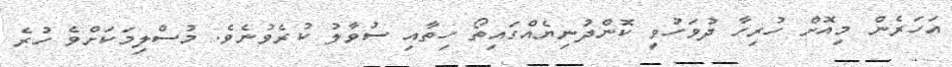
އަހަރެން މިއޮށް ހުރިހާ ދުވަހުވީ ކޮންދުނިޔެއްގައިތޯ ހިތާއި ސުވާލު ކުރެވުނެވެ. މުސްލިމަކަށްވެ ހުރެ